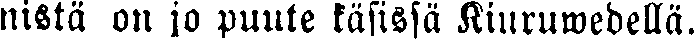
nistä on jo puute käsissä Kiuruwedellä.